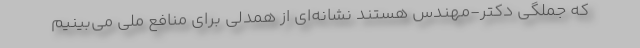
که جملگی دکتر-مهندس هستند نشانه‌ای از همدلی برای منافع ملی می‌بینیم